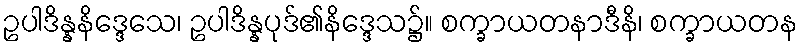
ဥပါဒိန္နနိဒ္ဒေသေ၊ ဥပါဒိန္နပုဒ်၏နိဒ္ဒေသ၌။ စက္ခာယတနာဒီနိ၊ စက္ခာယတန